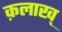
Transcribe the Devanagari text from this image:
क़लाख्‌